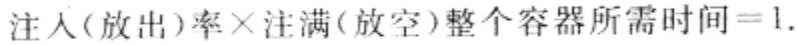
注入(放出)率×注满(放空)整个容器所需时间=1.